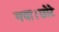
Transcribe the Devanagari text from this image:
गया।छोटे